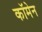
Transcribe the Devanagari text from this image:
कॉमेन